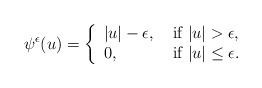
LaTeX: \begin{align*}\psi^\epsilon(u)=\left\{\begin{array}{ll} |u|-\epsilon , &\hbox{ if} \ |u|> \epsilon, \\0, &\hbox{ if}\ |u|\leq \epsilon.\end{array}\right.\end{align*}